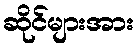
ဆိုင်များအား